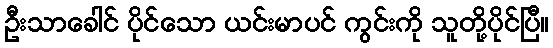
ဦးသာခေါင် ပိုင်သော ယင်းမာပင် ကွင်းကို သူတို့ပိုင်ပြီ။